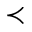
\prec